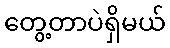
တွေ့တာပဲရှိမယ်